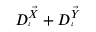
\smash { D _ { i } ^ { \vec { X } } } + \smash { D _ { i } ^ { \vec { Y } } }